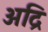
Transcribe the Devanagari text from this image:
अद्रि